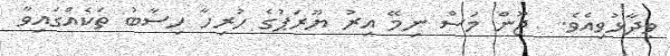
ވިދާޅުވިއެވެ.  ޖޫން މަސް ނިމޭ އިރު ޔޫރަޕުގެ ހުރިހާ ހިސާބު ތަކެއްގައިވާ